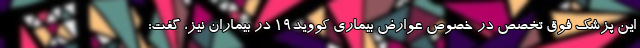
این پزشک فوق تخصص در خصوص عوارض بیماری کووید۱۹ در بیماران نیز، گفت: